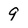
Character: 9